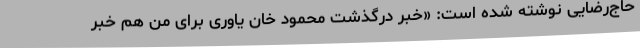
حاج‌رضایی نوشته شده است: «خبر درگذشت محمود خان یاوری برای من هم خبر